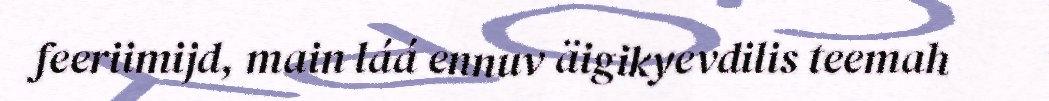
feeriimijd, main láá ennuv äigikyevdilis teemah